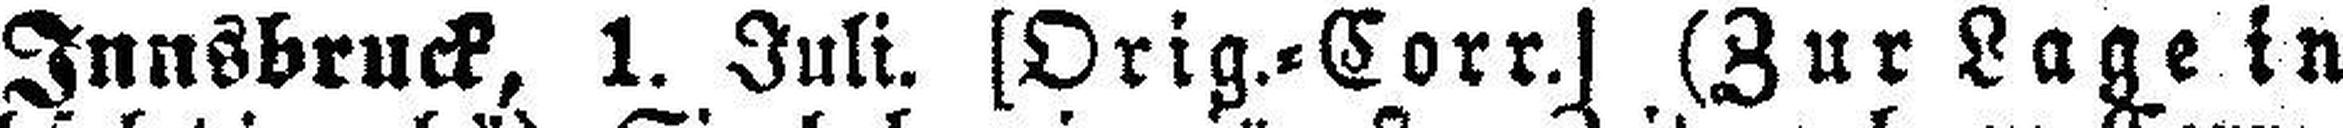
Innsbruck, 1. Juli. [Orig.=Corr.] (Zur Lage in